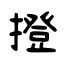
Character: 撜